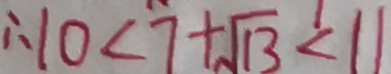
\therefore 1 0 < 7 + \sqrt { 1 3 } < 1 1